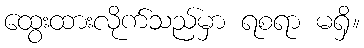
ထွေးထားလိုက်သည်မှာ ရစရာ မရှိ။